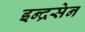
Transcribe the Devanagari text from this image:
इन्द्रसेन